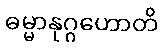
ဓမ္မာနုဂ္ဂဟောတိ